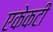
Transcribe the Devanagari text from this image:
एकेकटीं